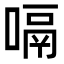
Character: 嗝